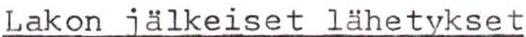
Lakon jälkeiset lähetykset